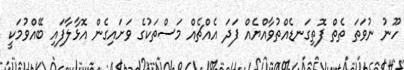
ހޫނު ނުވަތަ ތެތް ފޮތިގަނޑެއްތުވާއްޔެއް ފަދަ އެއްޗެއް މަސްތަކުގެ ވަށައިގެން އޮޅާލާފައި ބޭއްވުމަކީ